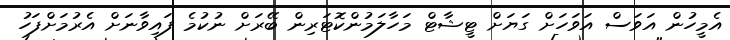
އެމީހުން އަވަސް އަވަހަށް ގަޔަށް ޓީޝާޓް މަހާލަމުންކޮޓަރިން ބޭރަށް ނުކުމެ ފައިވާނަށް އެރުމަށްފަހު